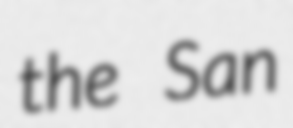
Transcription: the San